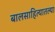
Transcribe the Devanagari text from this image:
बालसाहित्यातल्या